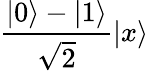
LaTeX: {\frac{|0\rangle-|1\rangle}{\sqrt{2}}}|x\rangle